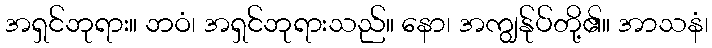
အရှင်ဘုရား။ ဘဝံ၊ အရှင်ဘုရားသည်။ နော၊ အကျွန်ုပ်တို့၏။ အာသနံ၊